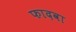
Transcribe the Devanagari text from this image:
फादवा